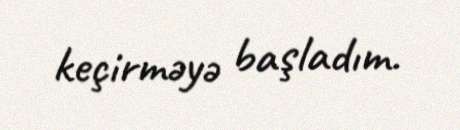
keçirməyə başladım.